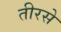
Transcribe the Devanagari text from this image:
तीरसे